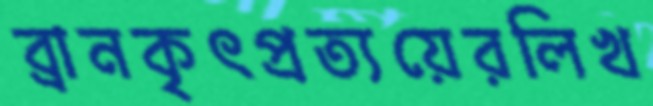
ব্রানকৃৎপ্রত্যয়েরলিখ